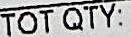
TOT QTY: